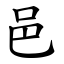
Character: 邑